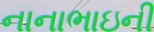
નાનાભાઇની